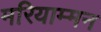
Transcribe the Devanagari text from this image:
मरियाम्मन